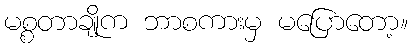
မစ္စတာချိုက ဘာစကားမှ မပြောတော့။